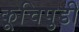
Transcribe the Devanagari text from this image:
कूचिपुडी